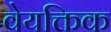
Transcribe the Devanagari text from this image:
वेयक्तिक